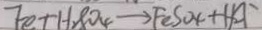
F e + H _ { 2 } S O _ { 4 } \rightarrow F e S O _ { 4 } + H _ { 2 } \uparrow